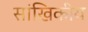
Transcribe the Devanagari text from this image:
सांखिकीय